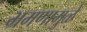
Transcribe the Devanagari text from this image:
भ्रमणामुळे